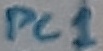
Text: PC1